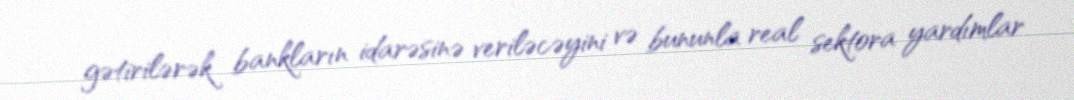
gətirilərək bankların idarəsinə veriləcəyini və bununla real sektora yardımlar